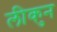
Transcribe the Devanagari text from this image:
लीकुन